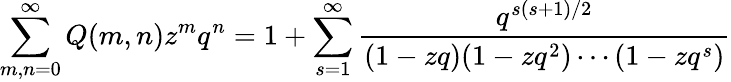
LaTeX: \sum_{m,n=0}^{\infty}Q(m,n)z^{m}q^{n}=1+\sum_{s=1}^{\infty}{\frac{q^{s(s+1)/2}}{(1-zq)(1-zq^{2})\cdots(1-zq^{s})}}